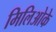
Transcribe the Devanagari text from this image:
मिलिओके